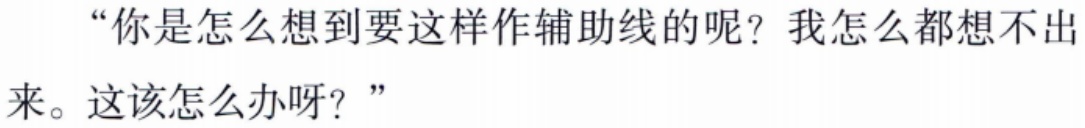
“你是怎么想到要这样作辅助线的呢？我怎么都想不出来。这该怎么办呀？”